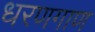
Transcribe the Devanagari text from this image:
धरणगाण